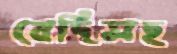
বেদিসহ